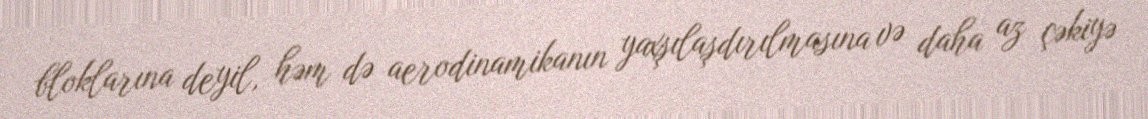
bloklarına deyil, həm də aerodinamikanın yaxşılaşdırılmasına və daha az çəkiyə